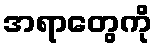
အရာတွေကို